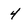
Character: 4